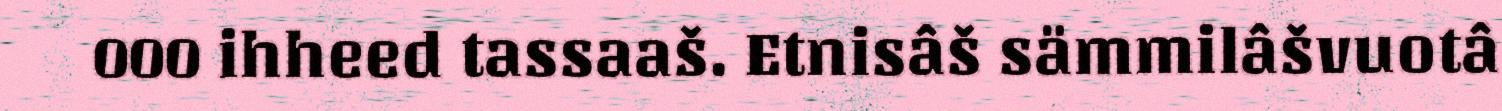
000 ihheed tassaaš. Etnisâš sämmilâšvuotâ